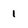
Character: 1